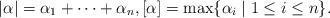
LaTeX: \begin{align*}|\alpha| = \alpha_1 + \cdots + \alpha_n,[\alpha] = \max\{ \alpha_i \mid 1 \leq i \leq n\}.\end{align*}